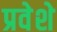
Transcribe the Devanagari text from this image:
प्रवेशे